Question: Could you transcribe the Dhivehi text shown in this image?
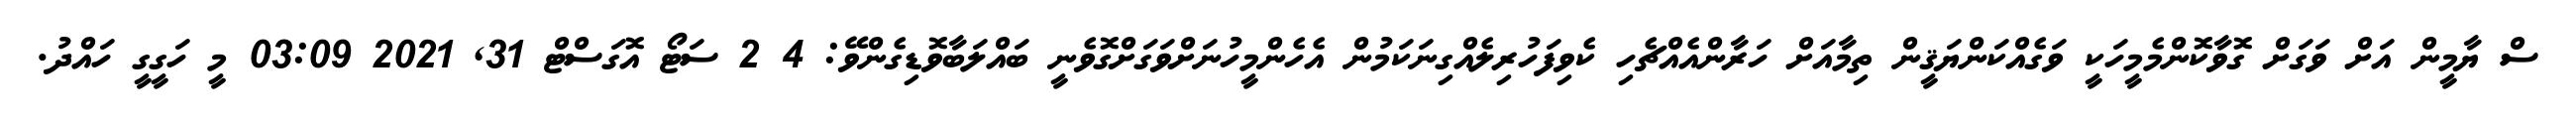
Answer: ސް ޔާމީން އަށް ވަގަށް ގޮވާކޮންމެމީހަކީ ވަގެއްކަންޔަޤީން ތިމާއަށް ހަރާންއެއްޗެހި ކެވިފަހުރިލެއްގިނަކަމުން އެހެންމީހުނަށްވަގަށްގޮވެނީ ބައްލަބާވޮޑިގެންވޭ: 4 2 ސަޓޯ އޮގަސްޓް 31, 2021 03:09 މީ ހަގީގީ ހައްދު.